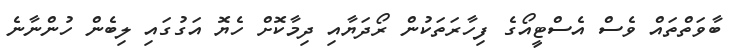
ބާވަތްތައް ވެސް އެސްޓީއޯގެ ފިހާރަތަކުން ރޯދަޔާއި ދިމާކޮށް ހެޔޮ އަގުގައި ލިބެން ހުންނާނެ